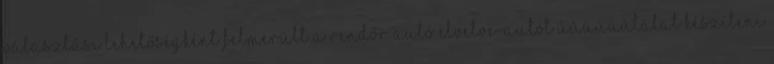
Választási lehetőségként felmerült a rendőr autó elvetve-autót úúúúúútálat készíteni